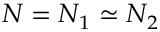
N = N _ { 1 } \simeq N _ { 2 }